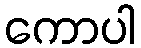
ကောပါ